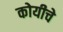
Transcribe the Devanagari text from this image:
कोयीचे